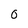
Character: 0